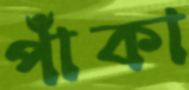
পাঁকা